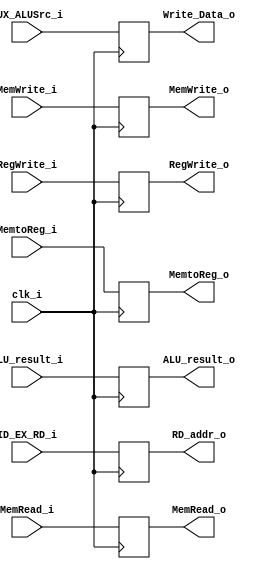
module EX_MEM(
    clk_i,
    RegWrite_i,
    MemtoReg_i,
    MemRead_i,
    MemWrite_i,
    RegWrite_o,
    MemtoReg_o,
    MemRead_o,
    MemWrite_o,
    ALU_result_i,
    MUX_ALUSrc_i,
    ID_EX_RD_i,
    ALU_result_o,
    Write_Data_o,
    RD_addr_o
);
input             clk_i;
input      [4:0]  ID_EX_RD_i;
input      [31:0] MUX_ALUSrc_i,ALU_result_i;
input             MemRead_i,MemWrite_i,RegWrite_i,MemtoReg_i;
output     [4:0]  RD_addr_o;
output     [31:0] Write_Data_o,ALU_result_o;
output            MemRead_o,MemWrite_o,RegWrite_o,MemtoReg_o;

reg [4 : 0]  RD_addr_reg;
reg [31 : 0] Write_Data_reg;
reg [31 : 0] ALU_result_reg;
reg          MemRead_reg;
reg          MemWrite_reg;
reg          RegWrite_reg;
reg          MemtoReg_reg;
 
assign RD_addr_o = RD_addr_reg;
assign Write_Data_o = Write_Data_reg;
assign ALU_result_o = ALU_result_reg;
assign MemRead_o = MemRead_reg;
assign MemWrite_o = MemWrite_reg;
assign RegWrite_o = RegWrite_reg;
assign MemtoReg_o = MemtoReg_reg; 
always @(posedge clk_i)
begin

    RD_addr_reg <= ID_EX_RD_i;
    Write_Data_reg <= MUX_ALUSrc_i;
    ALU_result_reg <= ALU_result_i;
    MemRead_reg <= MemRead_i;
    MemWrite_reg <= MemWrite_i;
    RegWrite_reg <= RegWrite_i;
    MemtoReg_reg <= MemtoReg_i;
end

endmodule